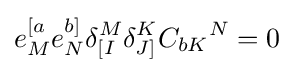
e_{M}^{[a}e_{N}^{b]}\delta _{[I}^{M}\delta _{J]}^{K}{C_{bK}}^{N}=0